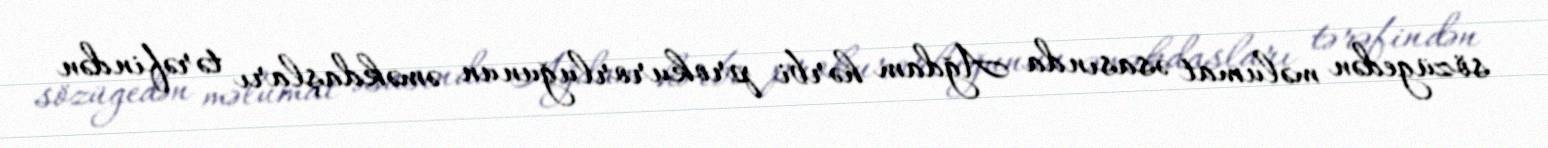
sözügedən məlumat əsasında Ağdam hərbi prokurorluğunun əməkdaşları tərəfindən